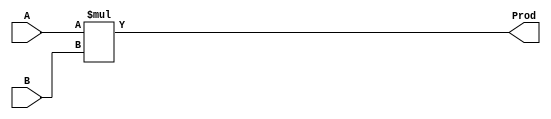
`timescale 1ns / 1ps

// MULTIPLIER
module MUL #(parameter DATAWIDTH = 4)(A, B, Prod);
	input      [DATAWIDTH-1:0] A, B;
	output reg [DATAWIDTH-1:0] Prod;

	always @(A,B) begin
		Prod <= A * B;
	end
endmodule